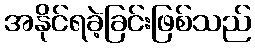
အနိုင်ရခဲ့ခြင်းဖြစ်သည်